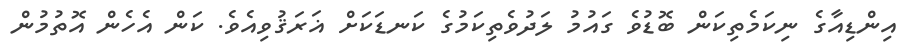
އިންޑިއާގެ ނިކަމެތިކަން ބޮޑުވެ ގައުމު ލަދުވެތިކަމުގެ ކަނޑަކަށް ޣަރަޤުވިއެވެ. ކަން އެހެން އޮތުމުން